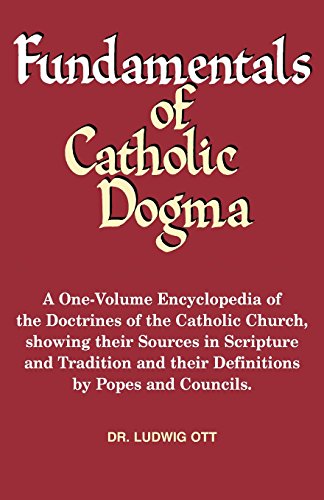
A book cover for Fundamentals of Catholic Dogma; Dr. Ludwig Ott; Christian Books & Bibles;